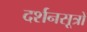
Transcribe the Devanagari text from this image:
दर्शनसूत्रों